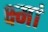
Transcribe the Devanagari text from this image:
क्ष्मां